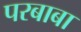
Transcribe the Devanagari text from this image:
परबाबा